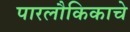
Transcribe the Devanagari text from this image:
पारलौकिकाचे